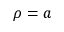
\rho = a